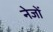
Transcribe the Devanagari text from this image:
नेजों